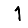
Digit: 1